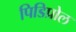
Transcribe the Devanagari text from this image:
पिडिप्रोल